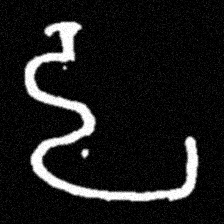
Pyu character \u2014 Myanmar letter: ဠ (romanized: lla)